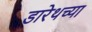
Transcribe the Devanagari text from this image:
डारेथच्या